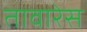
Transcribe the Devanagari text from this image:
तावारेस